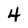
Character: 4